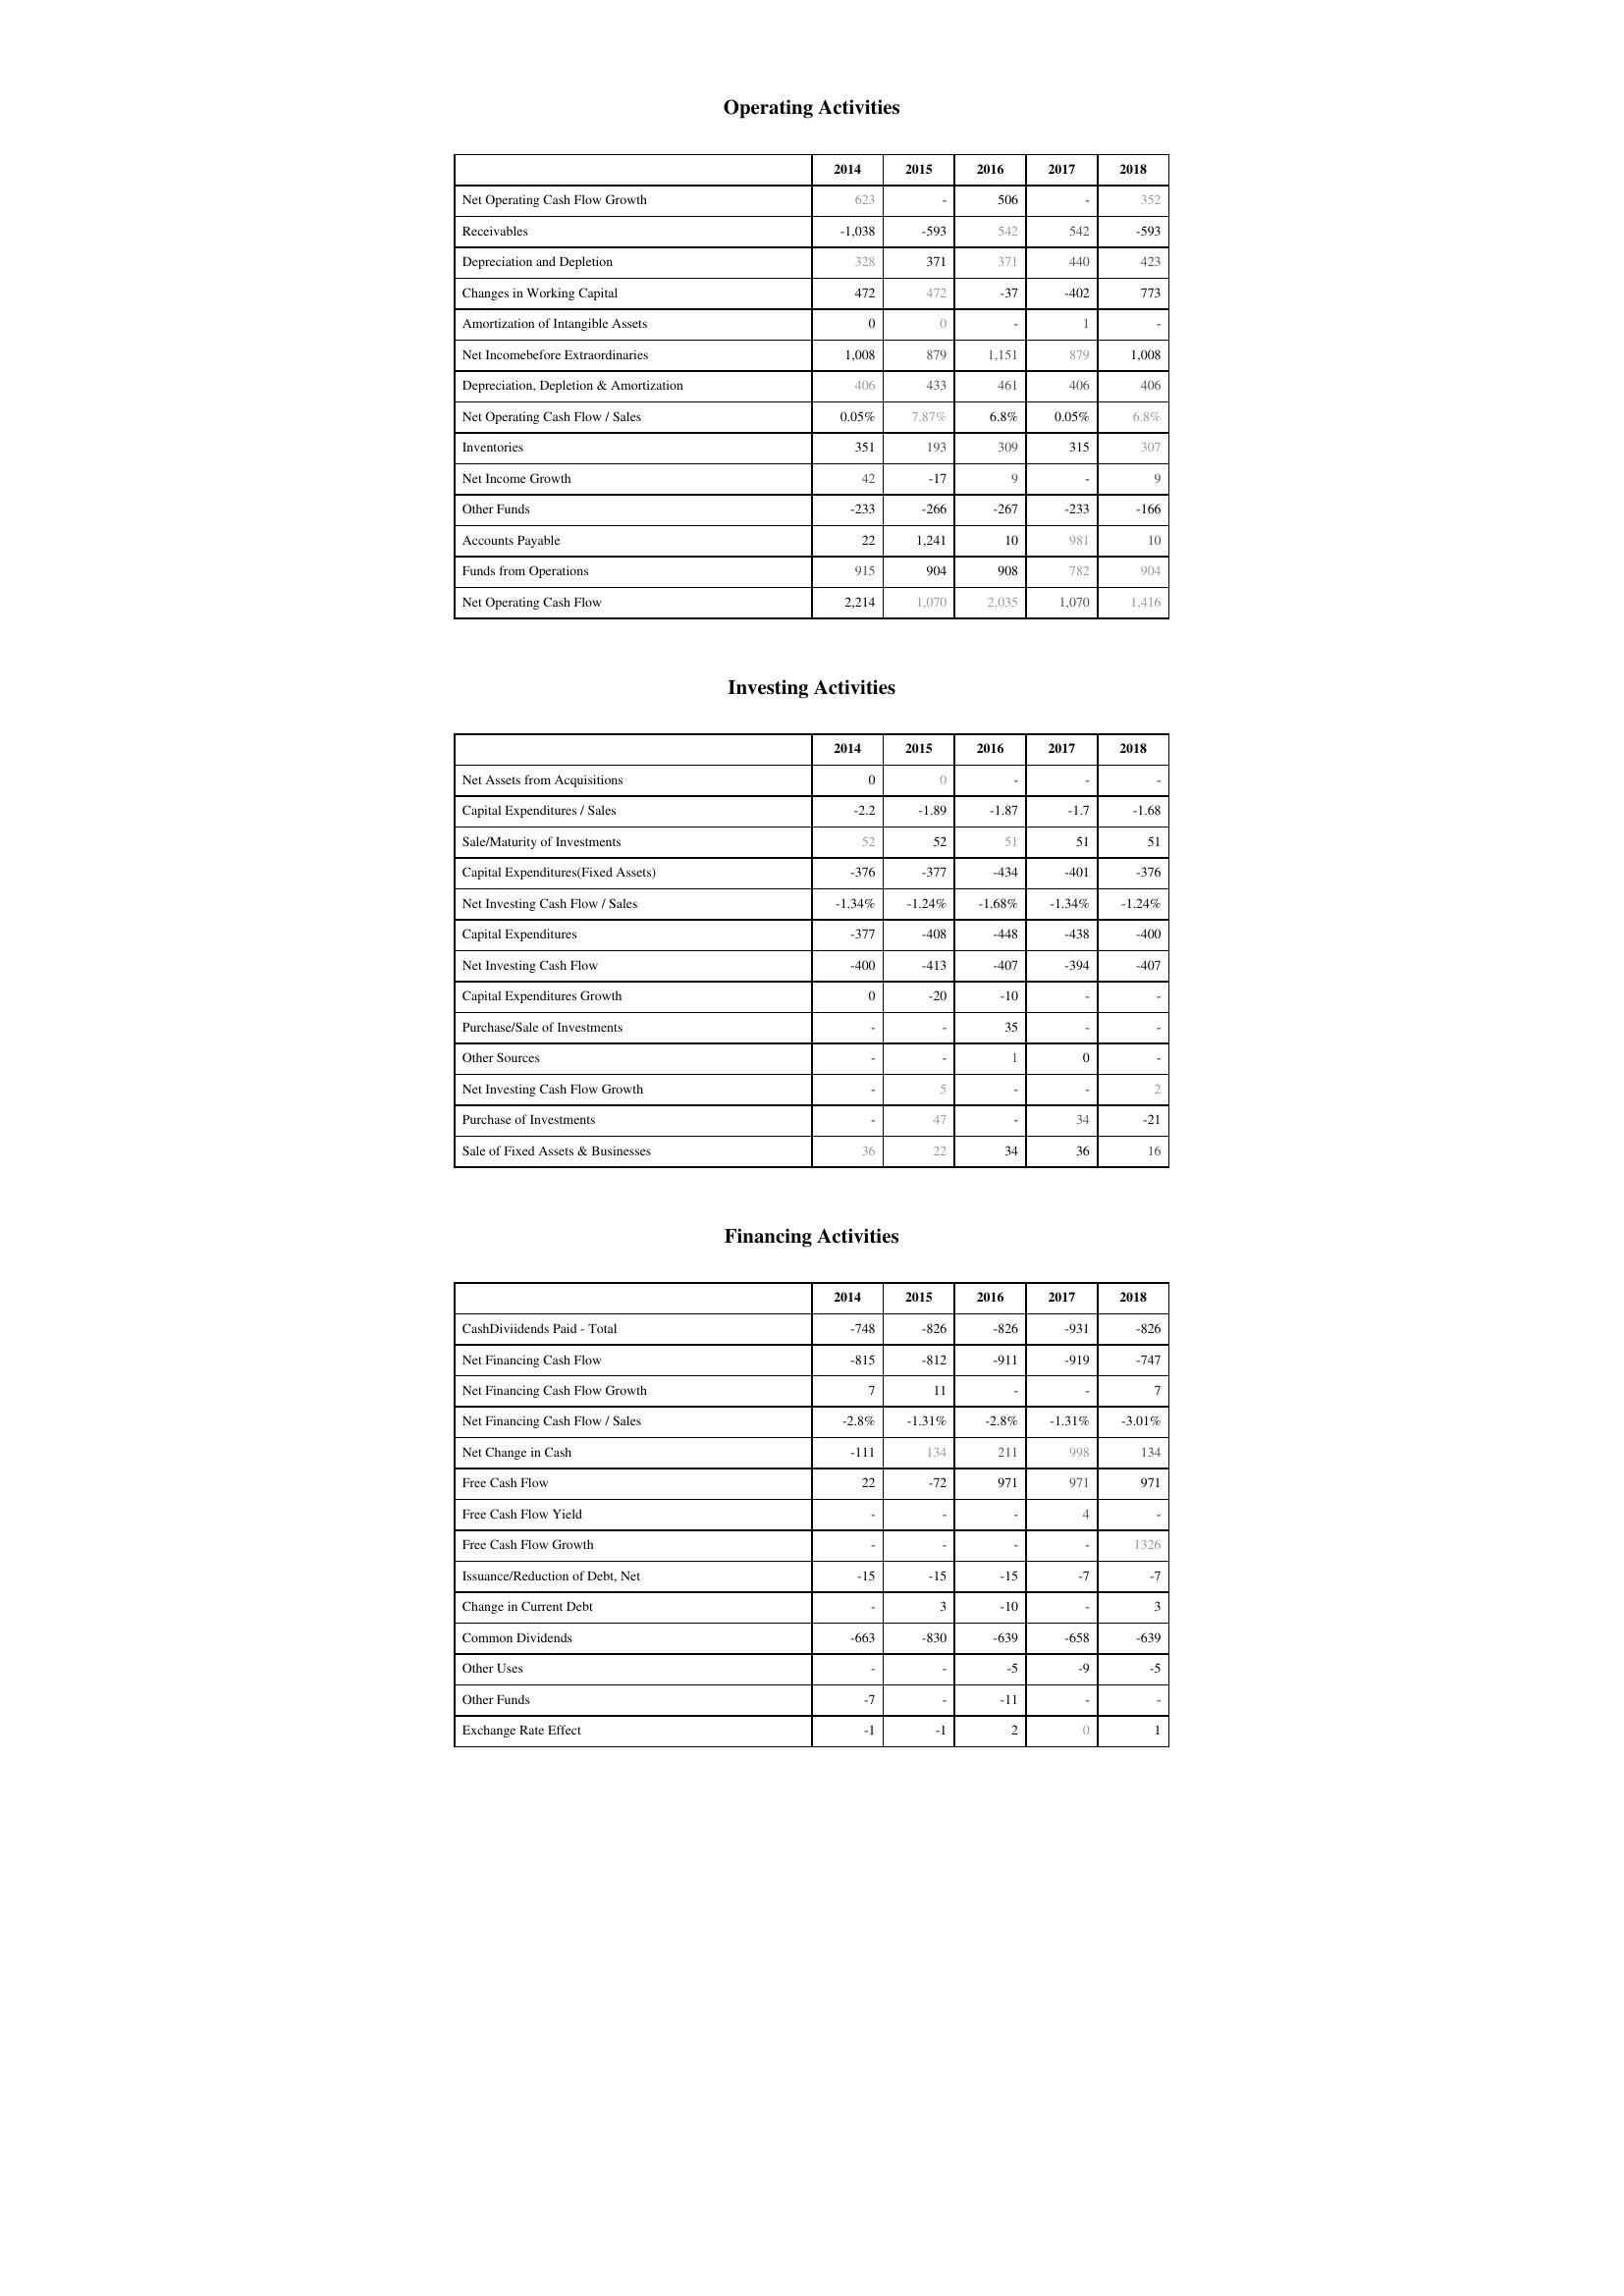
2014: Operating Activities: Net Operating Cash Flow Growth: 623
Receivables: -1,038
Depreciation and Depletion: 328
Changes in Working Capital: 472
Amortization of Intangible Assets: 0
Net Incomebefore Extraordinaries: 1,008
Depreciation, Depletion & Amortization: 406
Net Operating Cash Flow / Sales: 0.05%
Inventories: 351
Net Income Growth: 42
Other Funds: -233
Accounts Payable: 22
Funds from Operations: 915
Net Operating Cash Flow: 2,214
Investing Activities: Net Assets from Acquisitions: 0
Capital Expenditures / Sales: -2.2
Sale/Maturity of Investments: 52
Capital Expenditures(Fixed Assets): -376
Net Investing Cash Flow / Sales: -1.34%
Capital Expenditures: -377
Net Investing Cash Flow: -400
Capital Expenditures Growth: 0
Purchase/Sale of Investments: -
Other Sources: -
Net Investing Cash Flow Growth: -
Purchase of Investments: -
Sale of Fixed Assets & Businesses: 36
Financing Activities: CashDiviidends Paid - Total: -748
Net Financing Cash Flow: -815
Net Financing Cash Flow Growth: 7
Net Financing Cash Flow / Sales: -2.8%
Net Change in Cash: -111
Free Cash Flow: 22
Free Cash Flow Yield: -
Free Cash Flow Growth: -
Issuance/Reduction of Debt, Net: -15
Change in Current Debt: -
Common Dividends: -663
Other Uses: -
Other Funds: -7
Exchange Rate Effect: -1
2015: Operating Activities: Net Operating Cash Flow Growth: -
Receivables: -593
Depreciation and Depletion: 371
Changes in Working Capital: 472
Amortization of Intangible Assets: 0
Net Incomebefore Extraordinaries: 879
Depreciation, Depletion & Amortization: 433
Net Operating Cash Flow / Sales: 7.87%
Inventories: 193
Net Income Growth: -17
Other Funds: -266
Accounts Payable: 1,241
Funds from Operations: 904
Net Operating Cash Flow: 1,070
Investing Activities: Net Assets from Acquisitions: 0
Capital Expenditures / Sales: -1.89
Sale/Maturity of Investments: 52
Capital Expenditures(Fixed Assets): -377
Net Investing Cash Flow / Sales: -1.24%
Capital Expenditures: -408
Net Investing Cash Flow: -413
Capital Expenditures Growth: -20
Purchase/Sale of Investments: -
Other Sources: -
Net Investing Cash Flow Growth: 5
Purchase of Investments: 47
Sale of Fixed Assets & Businesses: 22
Financing Activities: CashDiviidends Paid - Total: -826
Net Financing Cash Flow: -812
Net Financing Cash Flow Growth: 11
Net Financing Cash Flow / Sales: -1.31%
Net Change in Cash: 134
Free Cash Flow: -72
Free Cash Flow Yield: -
Free Cash Flow Growth: -
Issuance/Reduction of Debt, Net: -15
Change in Current Debt: 3
Common Dividends: -830
Other Uses: -
Other Funds: -
Exchange Rate Effect: -1
2016: Operating Activities: Net Operating Cash Flow Growth: 506
Receivables: 542
Depreciation and Depletion: 371
Changes in Working Capital: -37
Amortization of Intangible Assets: -
Net Incomebefore Extraordinaries: 1,151
Depreciation, Depletion & Amortization: 461
Net Operating Cash Flow / Sales: 6.8%
Inventories: 309
Net Income Growth: 9
Other Funds: -267
Accounts Payable: 10
Funds from Operations: 908
Net Operating Cash Flow: 2,035
Investing Activities: Net Assets from Acquisitions: -
Capital Expenditures / Sales: -1.87
Sale/Maturity of Investments: 51
Capital Expenditures(Fixed Assets): -434
Net Investing Cash Flow / Sales: -1.68%
Capital Expenditures: -448
Net Investing Cash Flow: -407
Capital Expenditures Growth: -10
Purchase/Sale of Investments: 35
Other Sources: 1
Net Investing Cash Flow Growth: -
Purchase of Investments: -
Sale of Fixed Assets & Businesses: 34
Financing Activities: CashDiviidends Paid - Total: -826
Net Financing Cash Flow: -911
Net Financing Cash Flow Growth: -
Net Financing Cash Flow / Sales: -2.8%
Net Change in Cash: 211
Free Cash Flow: 971
Free Cash Flow Yield: -
Free Cash Flow Growth: -
Issuance/Reduction of Debt, Net: -15
Change in Current Debt: -10
Common Dividends: -639
Other Uses: -5
Other Funds: -11
Exchange Rate Effect: 2
2017: Operating Activities: Net Operating Cash Flow Growth: -
Receivables: 542
Depreciation and Depletion: 440
Changes in Working Capital: -402
Amortization of Intangible Assets: 1
Net Incomebefore Extraordinaries: 879
Depreciation, Depletion & Amortization: 406
Net Operating Cash Flow / Sales: 0.05%
Inventories: 315
Net Income Growth: -
Other Funds: -233
Accounts Payable: 981
Funds from Operations: 782
Net Operating Cash Flow: 1,070
Investing Activities: Net Assets from Acquisitions: -
Capital Expenditures / Sales: -1.7
Sale/Maturity of Investments: 51
Capital Expenditures(Fixed Assets): -401
Net Investing Cash Flow / Sales: -1.34%
Capital Expenditures: -438
Net Investing Cash Flow: -394
Capital Expenditures Growth: -
Purchase/Sale of Investments: -
Other Sources: 0
Net Investing Cash Flow Growth: -
Purchase of Investments: 34
Sale of Fixed Assets & Businesses: 36
Financing Activities: CashDiviidends Paid - Total: -931
Net Financing Cash Flow: -919
Net Financing Cash Flow Growth: -
Net Financing Cash Flow / Sales: -1.31%
Net Change in Cash: 998
Free Cash Flow: 971
Free Cash Flow Yield: 4
Free Cash Flow Growth: -
Issuance/Reduction of Debt, Net: -7
Change in Current Debt: -
Common Dividends: -658
Other Uses: -9
Other Funds: -
Exchange Rate Effect: 0
2018: Operating Activities: Net Operating Cash Flow Growth: 352
Receivables: -593
Depreciation and Depletion: 423
Changes in Working Capital: 773
Amortization of Intangible Assets: -
Net Incomebefore Extraordinaries: 1,008
Depreciation, Depletion & Amortization: 406
Net Operating Cash Flow / Sales: 6.8%
Inventories: 307
Net Income Growth: 9
Other Funds: -166
Accounts Payable: 10
Funds from Operations: 904
Net Operating Cash Flow: 1,416
Investing Activities: Net Assets from Acquisitions: -
Capital Expenditures / Sales: -1.68
Sale/Maturity of Investments: 51
Capital Expenditures(Fixed Assets): -376
Net Investing Cash Flow / Sales: -1.24%
Capital Expenditures: -400
Net Investing Cash Flow: -407
Capital Expenditures Growth: -
Purchase/Sale of Investments: -
Other Sources: -
Net Investing Cash Flow Growth: 2
Purchase of Investments: -21
Sale of Fixed Assets & Businesses: 16
Financing Activities: CashDiviidends Paid - Total: -826
Net Financing Cash Flow: -747
Net Financing Cash Flow Growth: 7
Net Financing Cash Flow / Sales: -3.01%
Net Change in Cash: 134
Free Cash Flow: 971
Free Cash Flow Yield: -
Free Cash Flow Growth: 1326
Issuance/Reduction of Debt, Net: -7
Change in Current Debt: 3
Common Dividends: -639
Other Uses: -5
Other Funds: -
Exchange Rate Effect: 1